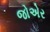
જોએર